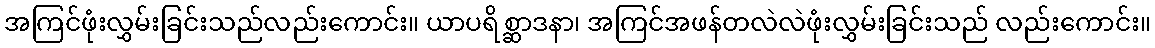
အကြင်ဖုံးလွှမ်းခြင်းသည်လည်းကောင်း။ ယာပရိစ္ဆာဒနာ၊ အကြင်အဖန်တလဲလဲဖုံးလွှမ်းခြင်းသည် လည်းကောင်း။